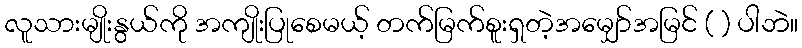
လူသားမျိုးနွယ်ကို အကျိုးပြုစေမယ့် တက်မြက်စူးရှတဲ့အမျှော်အမြင် ( ) ပါဘဲ။